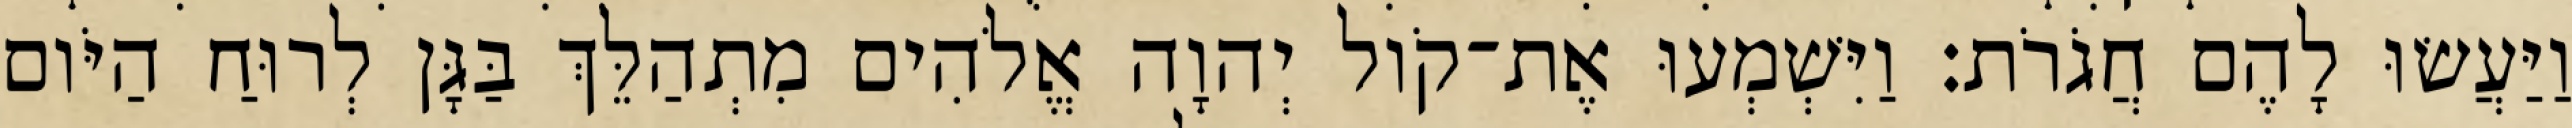
וַיַּעֲשׂוּ לָהֶם חֲגֹרֹת׃ וַיִּשְׁמְעוּ אֶת־קֹול יְהוָה אֱלֹהִים מִתְהַלֵּךְ בַּגָּן לְרוּחַ הַיֹּום